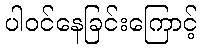
ပါဝင်နေခြင်းကြောင့်